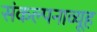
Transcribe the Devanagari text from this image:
संकल्पनाव्यूह